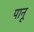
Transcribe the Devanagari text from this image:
पानू